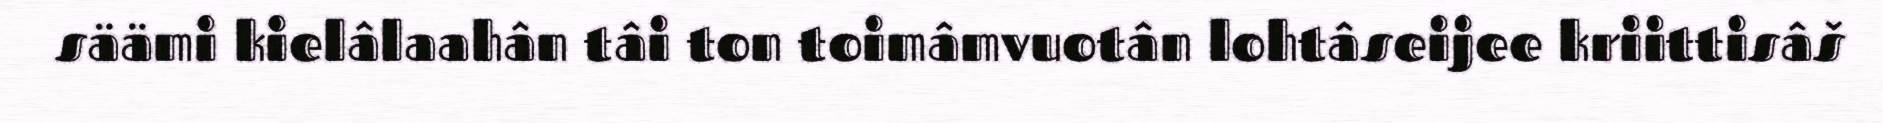
säämi kielâlaahân tâi ton toimâmvuotân lohtâseijee kriittisâš